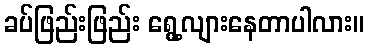
ခပ်ဖြည်းဖြည်း ရွေ့လျားနေတာပါလား။